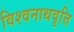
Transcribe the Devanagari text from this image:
विश्वनाथवृत्ति